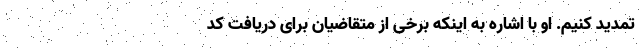
تمدید کنیم. او با اشاره به اینکه برخی از متقاضیان برای دریافت کد